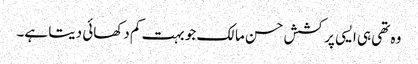
وہ تھی ہی ایسی پرکشش حسن مالک جو بہت کم دکھائی دیتا ہے۔